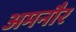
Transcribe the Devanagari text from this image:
अमनौर